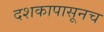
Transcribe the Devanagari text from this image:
दशकापासूनच